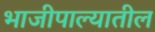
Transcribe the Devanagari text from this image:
भाजीपाल्यातील